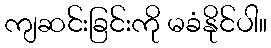
ကျဆင်းခြင်းကို မခံနိုင်ပါ။